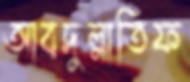
আবদুল্লাতিফ